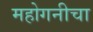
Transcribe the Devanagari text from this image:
महोगनीचा